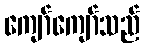
ကျော်ကျော်သည်